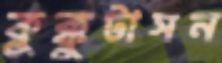
কুক্কুটাসন